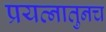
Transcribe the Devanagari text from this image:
प्रयत्नातुनच